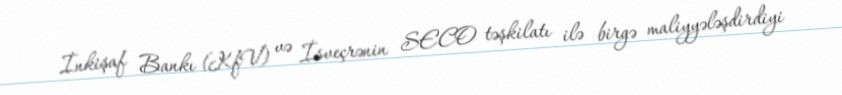
İnkişaf Bankı (KfV) və İsveçrənin SECO təşkilatı ilə birgə maliyyələşdirdiyi